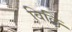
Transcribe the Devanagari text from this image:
विल्लिं